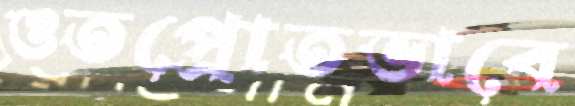
ওতপ্রোতভাবে